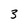
Character: 3